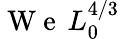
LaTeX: \mathrm{~W~e~}\, L_{0}^{4/3}